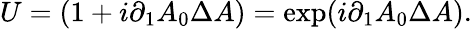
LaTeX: U=(1+i\partial_{1}A_{0}\Delta A)=\exp(i\partial_{1}A_{0}\Delta A).